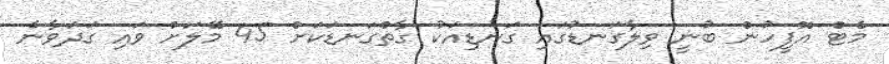
މެޓް އޮފީހުން ބުނީ ވިލާގަނޑުގައި ގަނޑިއަކު ގާތްގަނޑަކަށް 45 މޭލަށް ވައި ގަދަވާނެ